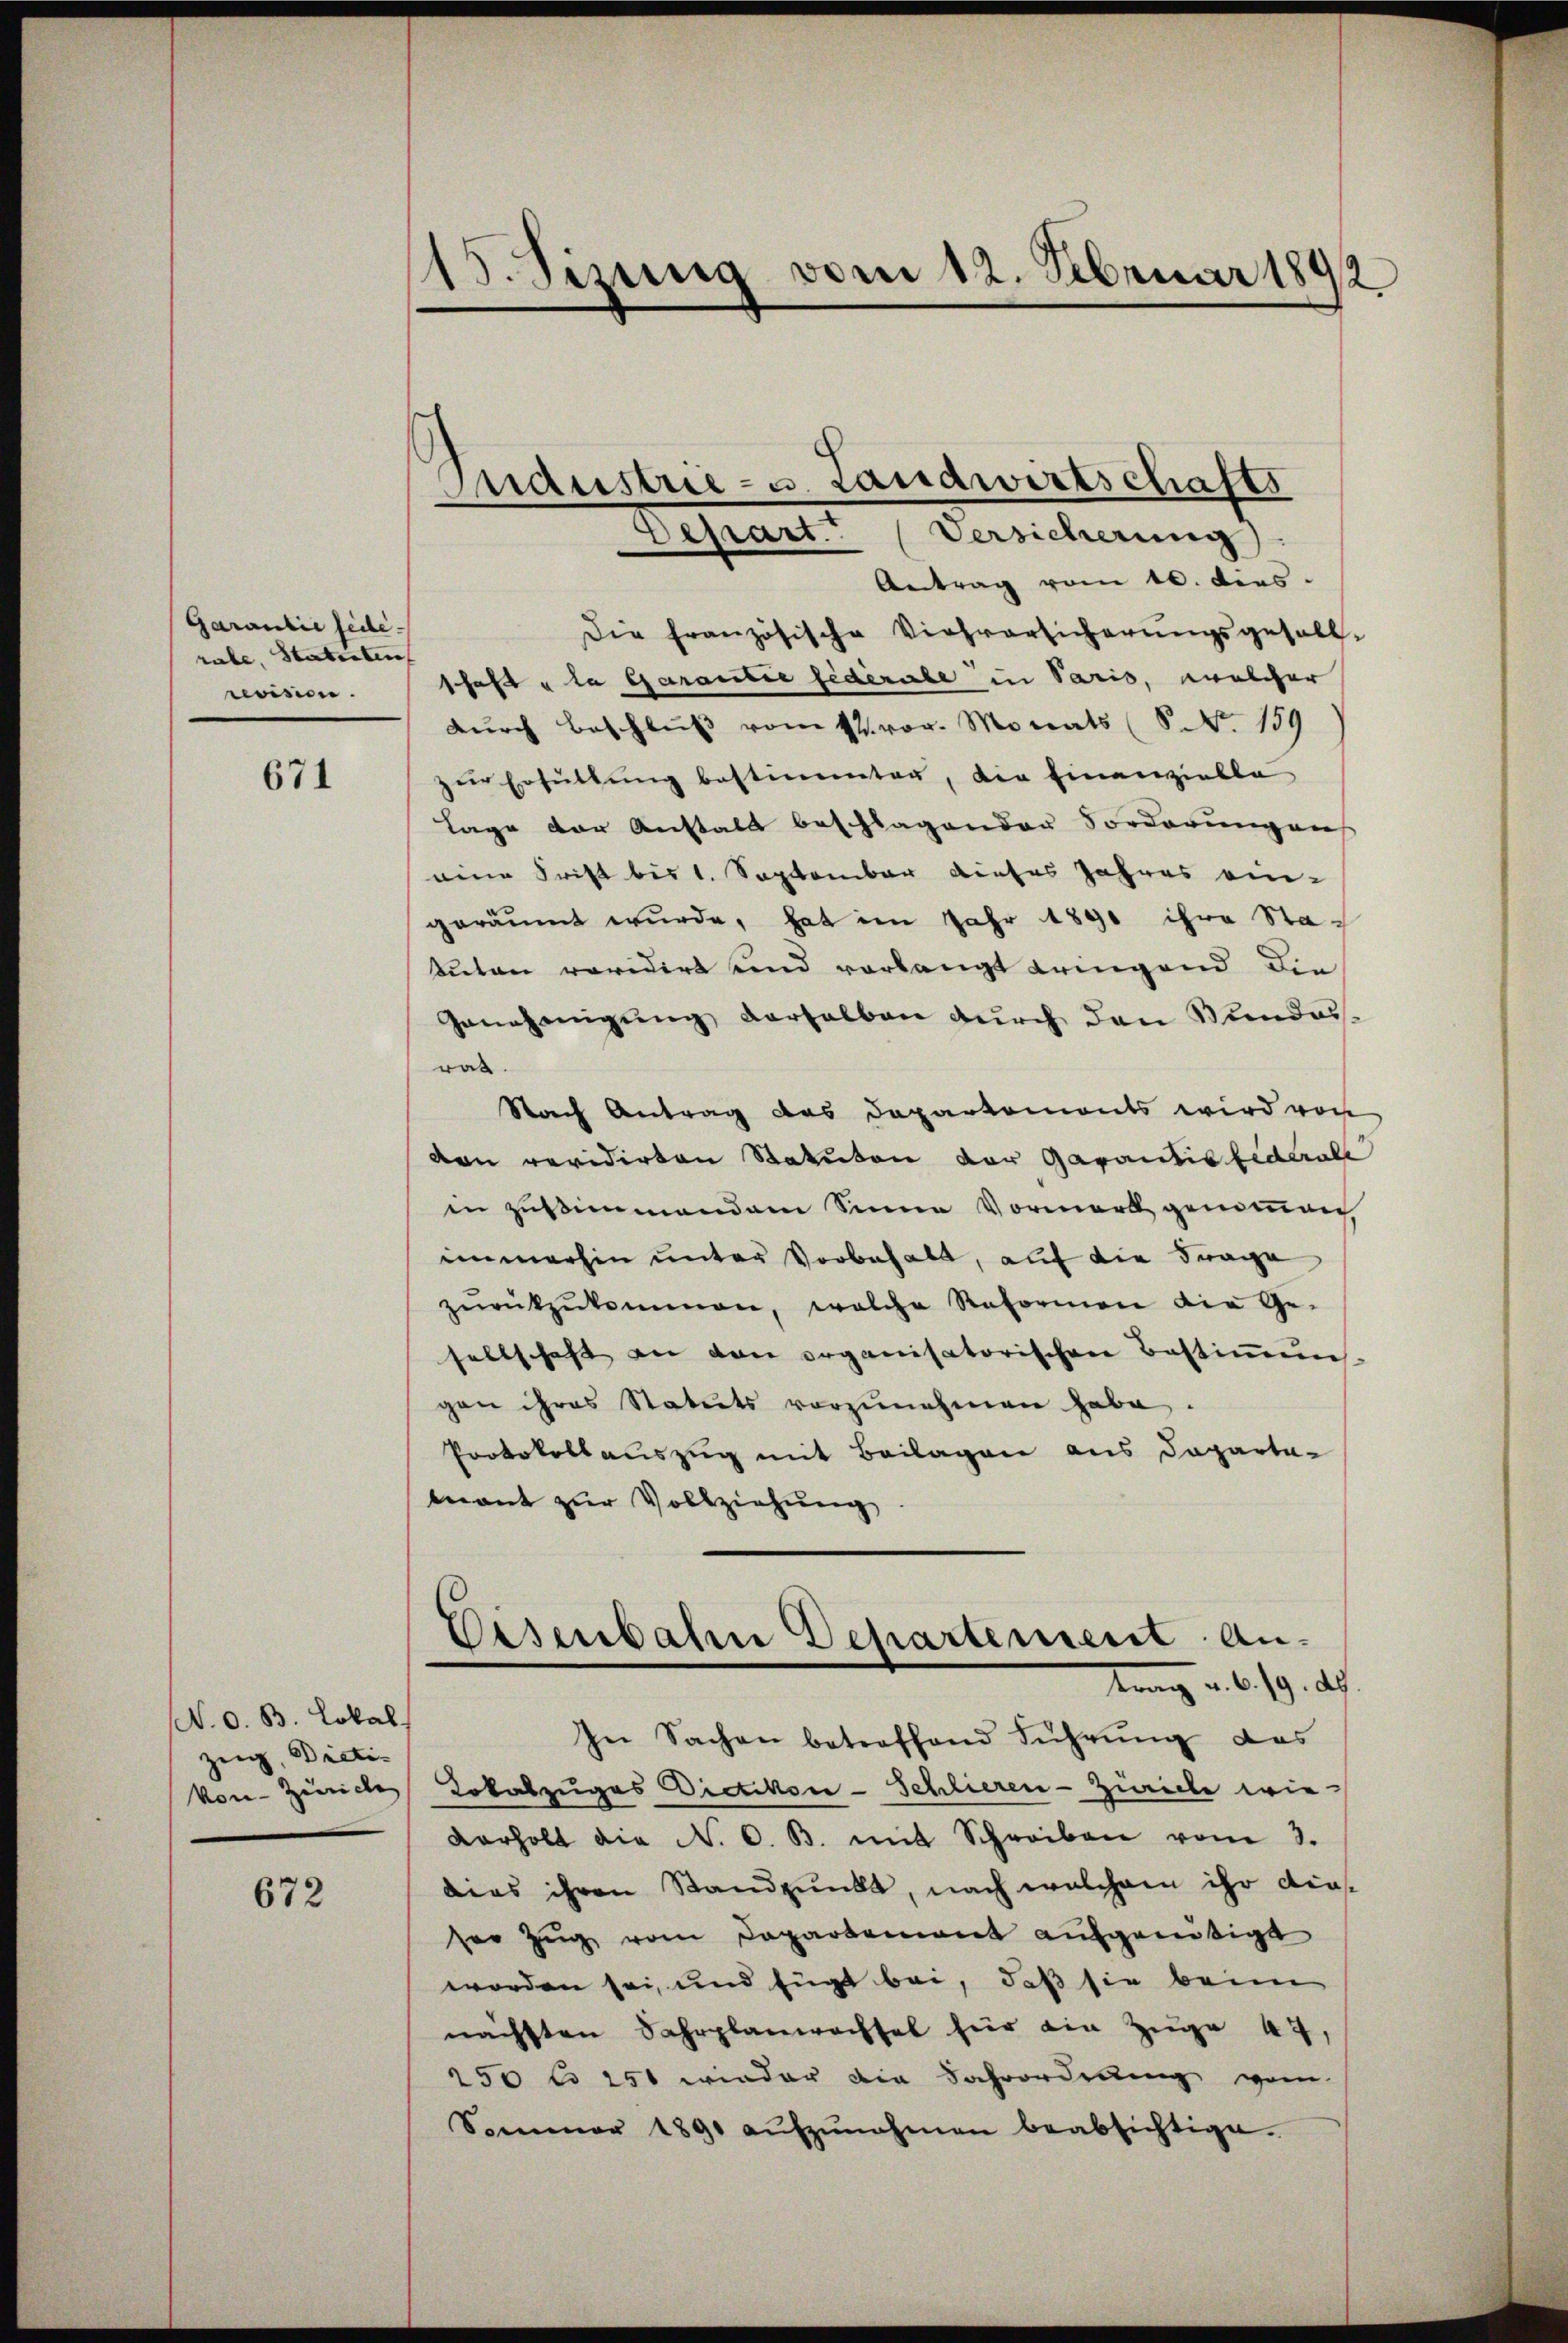
Garantie fide-
rube, Statirten
revision.

671

Antrag vom 10. ders.
Die französische Viehversicherŭngsgesell-
schaft u la Garantie fédérale in Paris, welcher
dŭrch Beschlŭβ vom 17. vor. Monats (S. NNo. 159
zur Erfüllung bestimmten, die Finanzielle
Tage der Anstalt beschlagender Forderungen
eine Frist bis 1. September dieses Jahres ein-
geräumt wurde, hat im Jahr 1890 ihre Sta
Auten revidirt und vorlangt bringend die
Genehmigŭng derselben durch den Stundeswas.
Nach Antrag das Departements wird von
den revidirten Statuten der Garantis fiderale
in Zustimmendem Sinne Vormerk genommen
immerhin unter Vorbehalt, auf die Frage
zŭrückzŭkommen, welche Reformen die Ge-
sellschaft an den organisatorischen Bestiṁŭng
gen ihres Statuts vorzunehmen habe.
Protokollauszug mit Beilagen aus Departa-
mont zur Vollziehung

N. O. B. Lokal
zeig, Dieti¬

672

115. Sizung vom 12. Februar 1892

Mndustrie - u. Landwirtschafts
Depart. (Versicherung

Eisenbahn Departement Antung d. d. 19. d.

In Sachen betreffend Führŭng das
kon-Zürich Lokalzuges Dietikon-Schlieren-Zürich wie
verholt die N. O. B. mit Schreiben vom 3.
dies ihren Standpunkt, nach welchem ihr diesser Zug vom Departement aufgenötigt
worden sei, und fügt bei, daß sie beim
nächsten Fahrplanwachsel für die Züge 47,
250 lo 250 wieder die Fahrordnung vom
Sommer 1890 aŭfzŭnahmen beabsichtige.